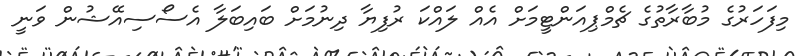
މިފަހަރުގެ މުބާރާތުގެ ޗެމްޕިއަންޓީމަށް އެއް ލައްކަ ރުފިޔާ ދިނުމަށް ބައިބަލާ އެސޯސިއޭޝުން ވަނީ